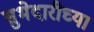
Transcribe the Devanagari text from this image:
सुभेदारीच्या